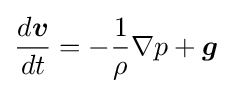
{\frac {d{\boldsymbol {v}}}{dt}}=-{\frac {1}{\rho }}\nabla p+{\boldsymbol {g}}